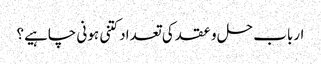
ارباب حل و عقد کی تعداد کتنی ہونی چاہیے؟